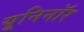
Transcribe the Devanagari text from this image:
यूनिनॉर